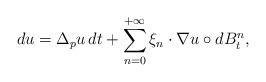
LaTeX: \begin{align*} d u = \Delta_p u \, d t + \sum_{n=0}^{+\infty} \xi_{n} \cdot \nabla u \circ d B_t^{n} ,\end{align*}